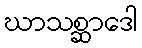
ဃာသစ္ဆာဒေါ